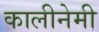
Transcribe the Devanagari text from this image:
कालीनेमी